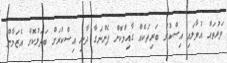
ވަޅުތައް އުވާލައި އިސްކުރު ބަރިތަކެއް ގާއިމްކޮށް ފެންނަގާ ދާނި އިސްކުރަށް ބަދަލުކޮށް އެޒަމާން